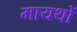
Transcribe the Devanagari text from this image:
मायथों